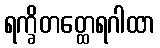
ရက္ခိတတ္ထေရဂါထာ